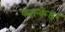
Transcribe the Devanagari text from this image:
फाल्केंडर